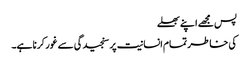
پس مجھے اپنے بھلے
کی خاطر تمام انسانیت پر سنجیدگی سے غور کرنا ہے۔